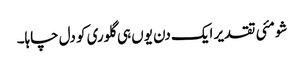
شومئی تقدیر ایک دن یوں ہی گلوری کو دل چاہا۔